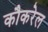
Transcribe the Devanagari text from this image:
कौकरेल